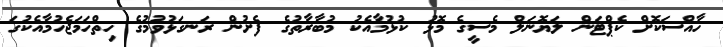
ހާއްސަކޮށް ކެޕްޓަން ލަޔޮނަލް މެސީގެ މޮޅު ކުޅުމާއެކު މުބާރާތުގެ ފެށުން ރަނގަޅުވުމުގެ ހިތްހަމަޖެހުމާއެކުގަ